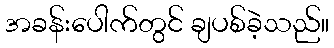
အခန်းပေါက်တွင် ချပစ်ခဲ့သည်။